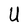
Character: U